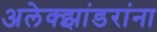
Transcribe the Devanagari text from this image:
अलेक्झांडरांना